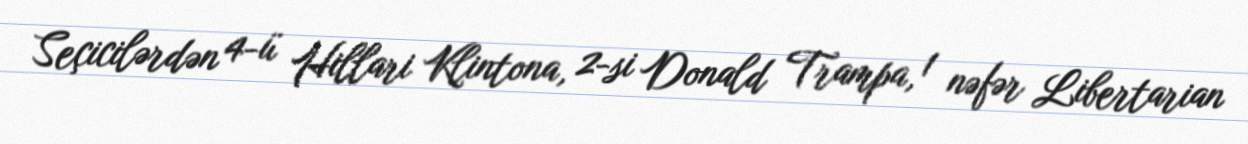
Seçicilərdən 4-ü Hillari Klintona, 2-si Donald Trampa, 1 nəfər Libertarian